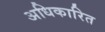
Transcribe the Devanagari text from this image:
अधिकारित